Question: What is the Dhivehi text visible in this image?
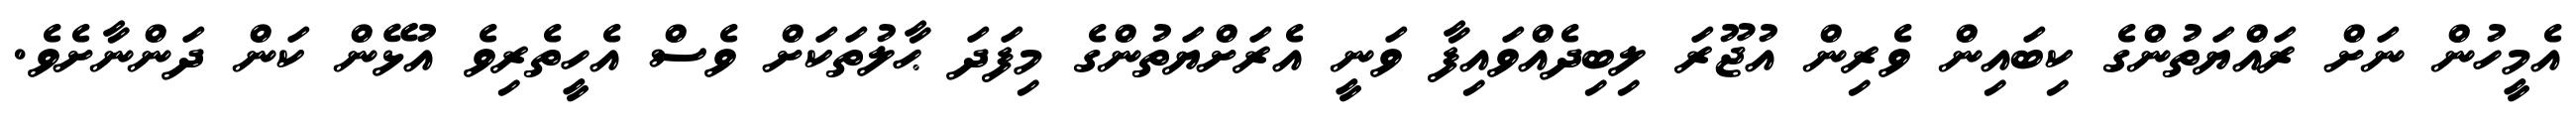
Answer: އެމީހުން ނަށް ރައްޔަތުންގެ ކިބައިން ވެރިން އުޖޫރަ ލިބިދެއްވައިފާ ވަނީ އެރަށްޔަތުންގެ މިފަދަ ޙާލުތަކަށް ވެސް އެހީތެރިވެ އުޅޭން ކަން ދަންނާށެވެ.